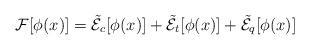
LaTeX: \begin{align*}{\cal F}[\phi(x)] = \tilde{\cal E}_c[\phi(x)] + \tilde{\cal E}_t[\phi(x)] + \tilde{\cal E}_q[\phi(x)]\end{align*}